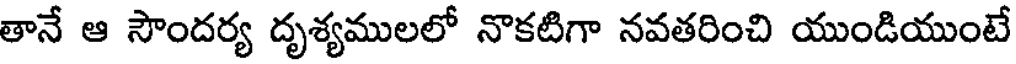
తానే ఆ సౌందర్య దృశ్యములలో నొకటిగా నవతరించి యుండియుంటే